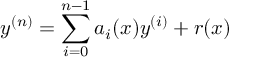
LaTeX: y ^ { ( n ) } = \sum _ { i = 0 } ^ { n - 1 } a _ { i } ( x ) y ^ { ( i ) } + r ( x )